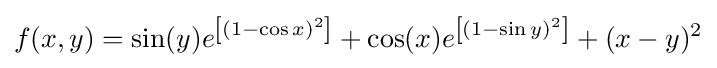
f(x,y)=\sin(y)e^{\left[(1-\cos x)^{2}\right]}+\cos(x)e^{\left[(1-\sin y)^{2}\right]}+(x-y)^{2}